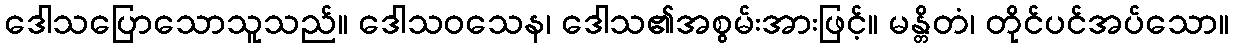
ဒေါသပြောသောသူသည်။ ဒေါသဝသေန၊ ဒေါသ၏အစွမ်းအားဖြင့်။ မန္တိတံ၊ တိုင်ပင်အပ်သော။